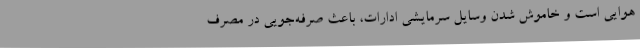
هوایی است و خاموش شدن وسایل سرمایشی ادارات، باعث صرفه‌جویی در مصرف